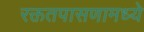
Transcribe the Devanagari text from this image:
रक्ततपासणामध्ये